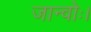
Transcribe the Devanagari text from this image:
जान्वोः।